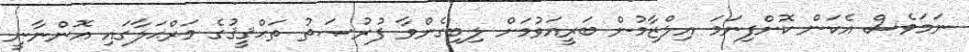
ނަމަވެސް އެކަން ކޮށްފިނަމަ އިލްޒާމުން ބަރީއަވުމަށް ލިބިގެންވާ ފުރުޞަތު ތަޙްޤީޤުގެ މަރްޙަލާގައި އޮންނާނީ